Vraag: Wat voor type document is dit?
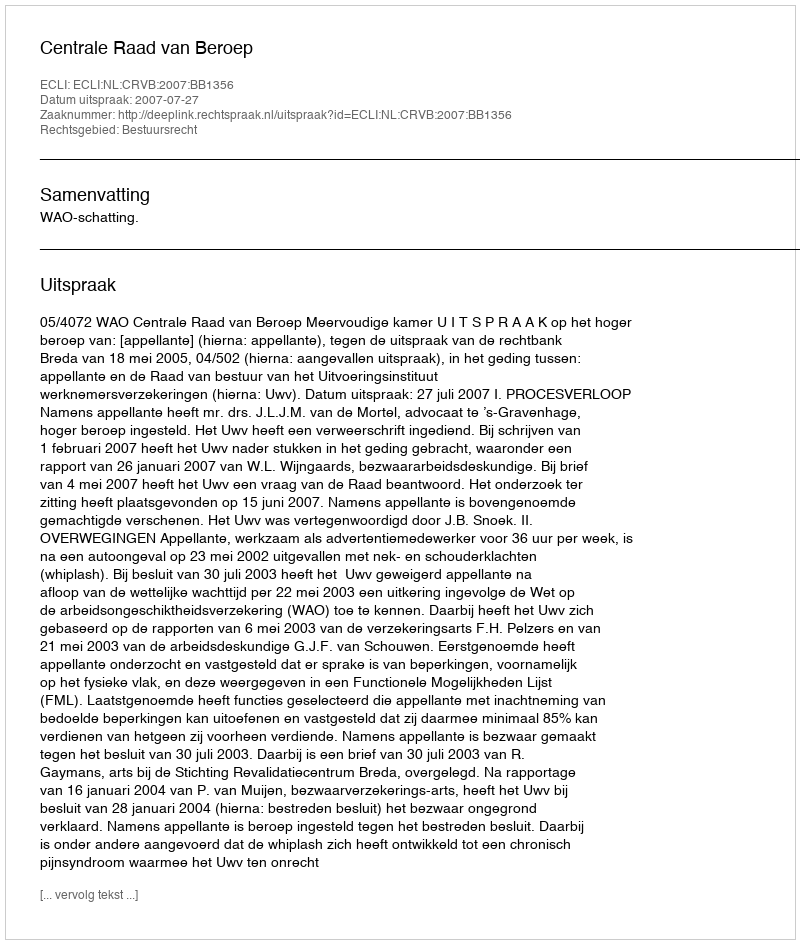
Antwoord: Uitspraak